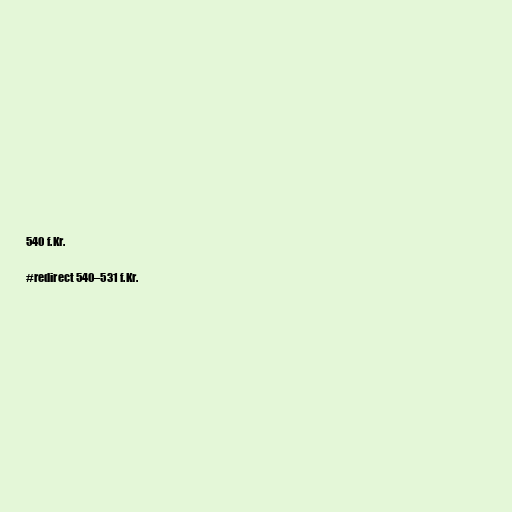
540 f.Kr.

#redirect 540–531 f.Kr.